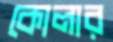
কোলার